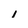
Character: 1